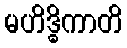
မဟိဒ္ဓိကာတိ